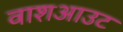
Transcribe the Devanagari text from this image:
वाशआउट